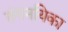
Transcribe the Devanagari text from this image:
तंगनयिका